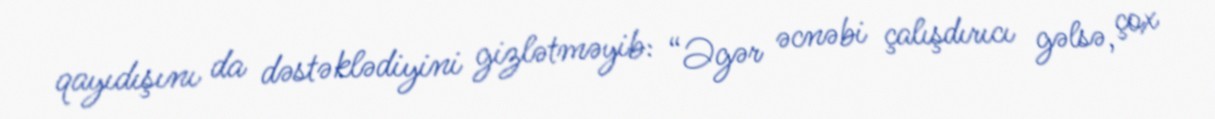
qayıdışını da dəstəklədiyini gizlətməyib: “Əgər əcnəbi çalışdırıcı gəlsə, çox